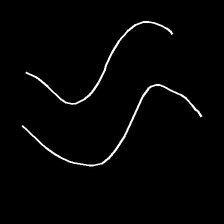
Glyph: float